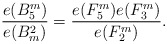
\begin{align*}{e(B^m_5)\over e(B_m^2)} ={e(F_5^m) e(F_3^m) \over e(F_2^m)}.\end{align*}